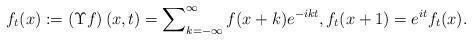
LaTeX: \begin{align*}f_{t}(x):=\left( \Upsilon f\right) (x,t)=\sum\nolimits_{k=-\infty}^{\infty}f(x+k)e^{-ikt},f_{t}(x+1)=e^{it}f_{t}(x).\end{align*}